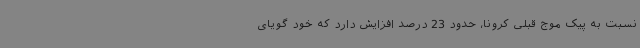
نسبت به پیک موج قبلی کرونا، حدود 23 درصد افزایش دارد که خود گویای